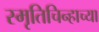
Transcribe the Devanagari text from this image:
स्मृतिचिन्हाच्या